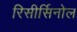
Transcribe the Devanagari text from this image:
रिसीर्सिनोल